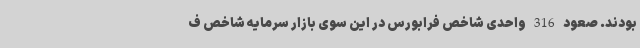
بودند. صعود 316 واحدی شاخص فرابورس در این سوی بازار سرمایه شاخص ف